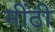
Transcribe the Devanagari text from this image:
मींठी